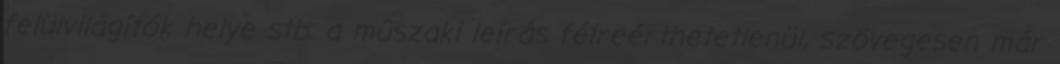
felülvilágítók helye stb. a mûszaki leírás félreérthetetlenül, szövegesen már